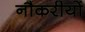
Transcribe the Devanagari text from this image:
नौकरीयों